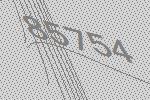
85754